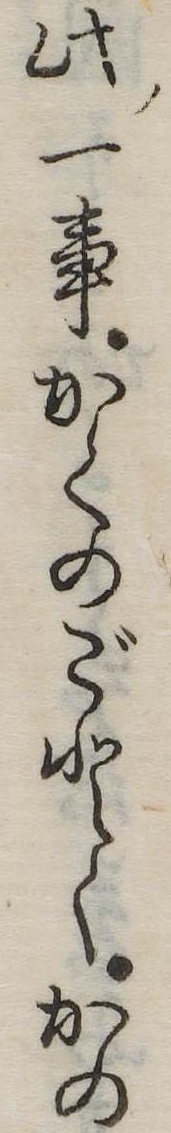
此一事かくのごとくかの